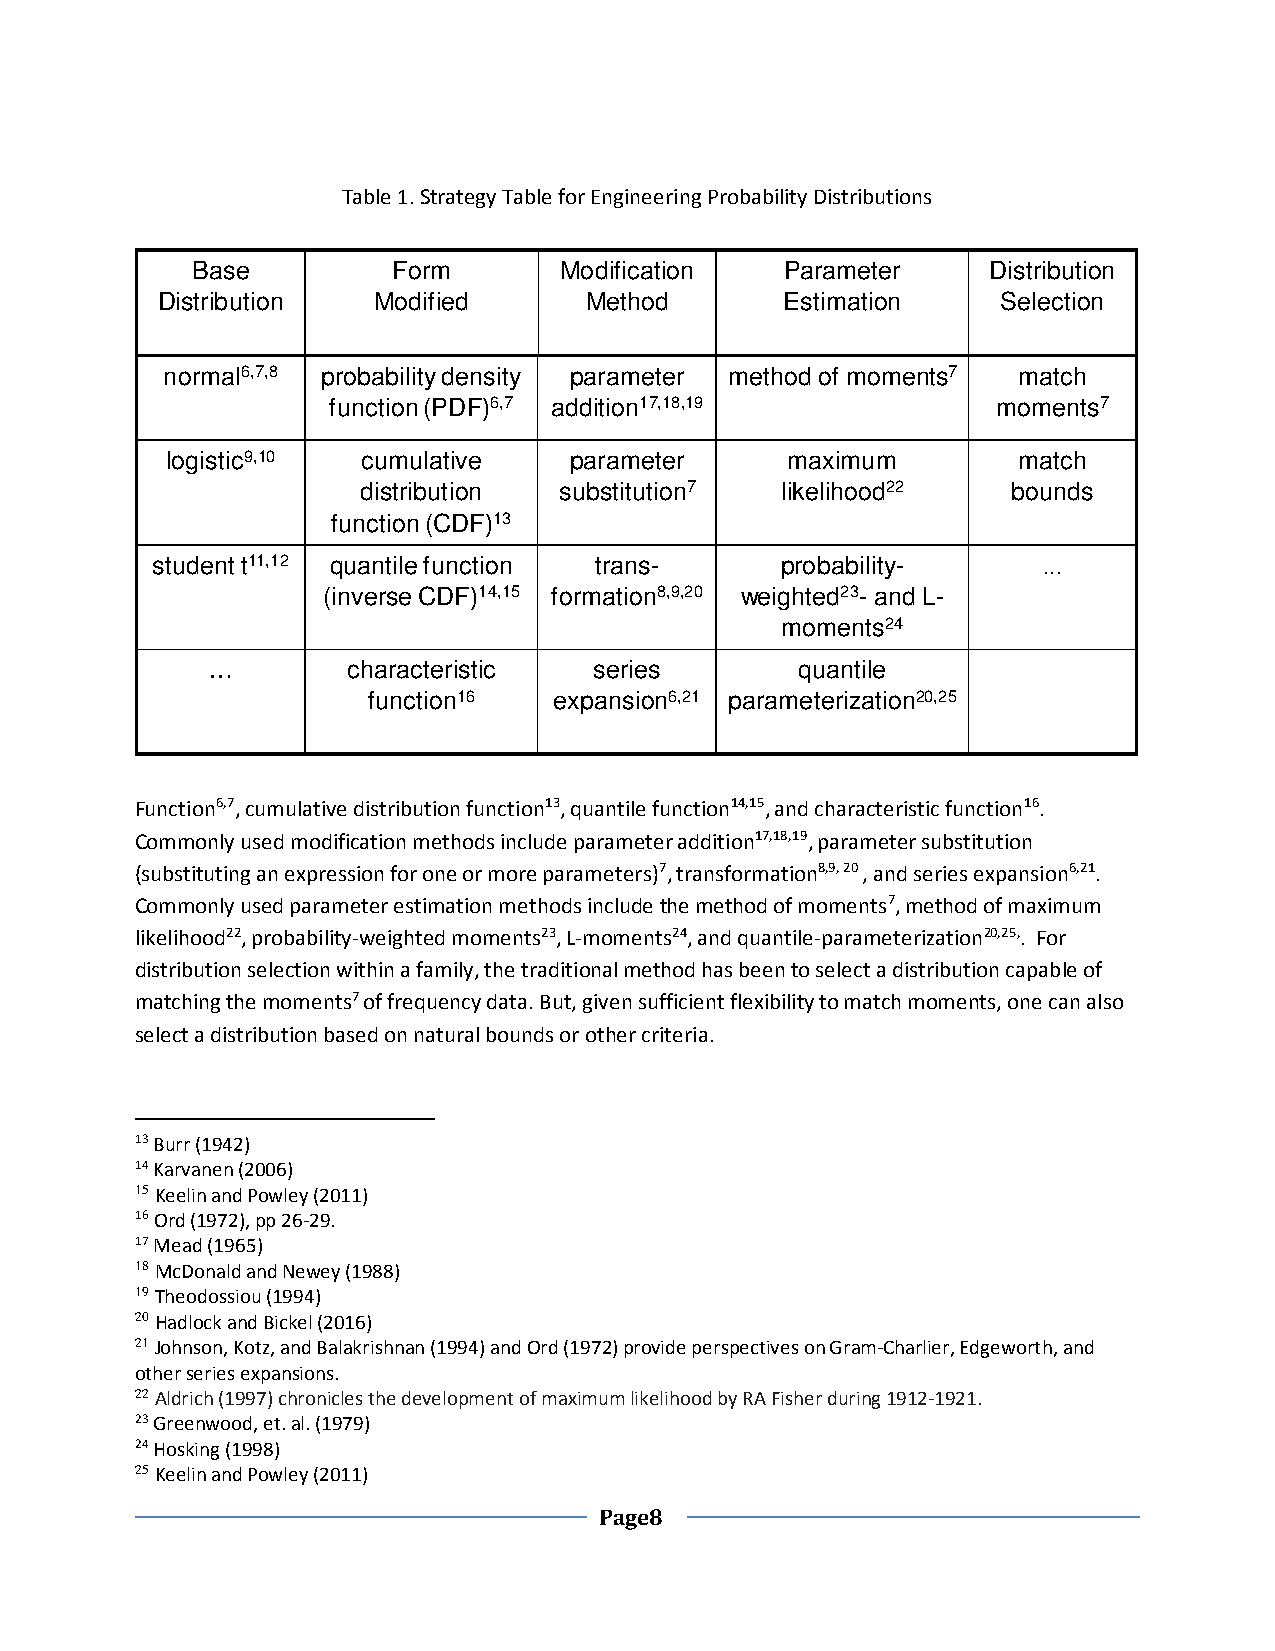
Table 1. Strategy Table for Engineering Probability Distributions
 Base         Form       Modification   Parameter    Distribution
 Distribution   Modified      Method       Estimation    Selection
 normal6,7,8 probability density parameter method of moments7 match
 function (PDF)6,7 addition17,18,19          moments7
 logistic9,10 cumulative    parameter     maximum        match
 distribution substitution7  likelihood22   bounds
 function (CDF)13
 student t11,12 quantile function trans-   probability-     …
 (inverse CDF)14,15 formation8,9,20 weighted23-and L-
 moments24
 …        characteristic  series        quantile
 function16   expansion6,21 parameterization20,25
 Function6,7, cumulative distribution function13, quantile function14,15, and characteristic function16.
 Commonly used modification methods include parameter addition17,18,19, parameter substitution
 (substituting an expression for one or more parameters)7, transformation8,9, 20 , and series expansion6,21.
 Commonly used parameter estimation methods include the method of moments7, method of maximum
 likelihood22, probability-weighted moments23, L-moments24, and quantile-parameterization20,25,. For
 distribution selection within a family, the traditional method has been to select a distribution capable of
 matching the moments7 of frequency data. But, given sufficient flexibility to match moments, one can also
 select a distribution based on natural bounds or other criteria.
 13 Burr (1942)
 14 Karvanen (2006)
 15 Keelin and Powley (2011)
 16 Ord (1972), pp 26-29.
 17 Mead (1965)
 18 McDonald and Newey (1988)
 19 Theodossiou (1994)
 20 Hadlock and Bickel (2016)
 21 Johnson, Kotz, and Balakrishnan (1994) and Ord (1972) provide perspectives on Gram-Charlier, Edgeworth, and
 other series expansions.
 22 Aldrich (1997) chronicles the development of maximum likelihood by RA Fisher during 1912-1921.
 23 Greenwood, et. al. (1979)
 24 Hosking (1998)
 25 Keelin and Powley (2011)
 Page8